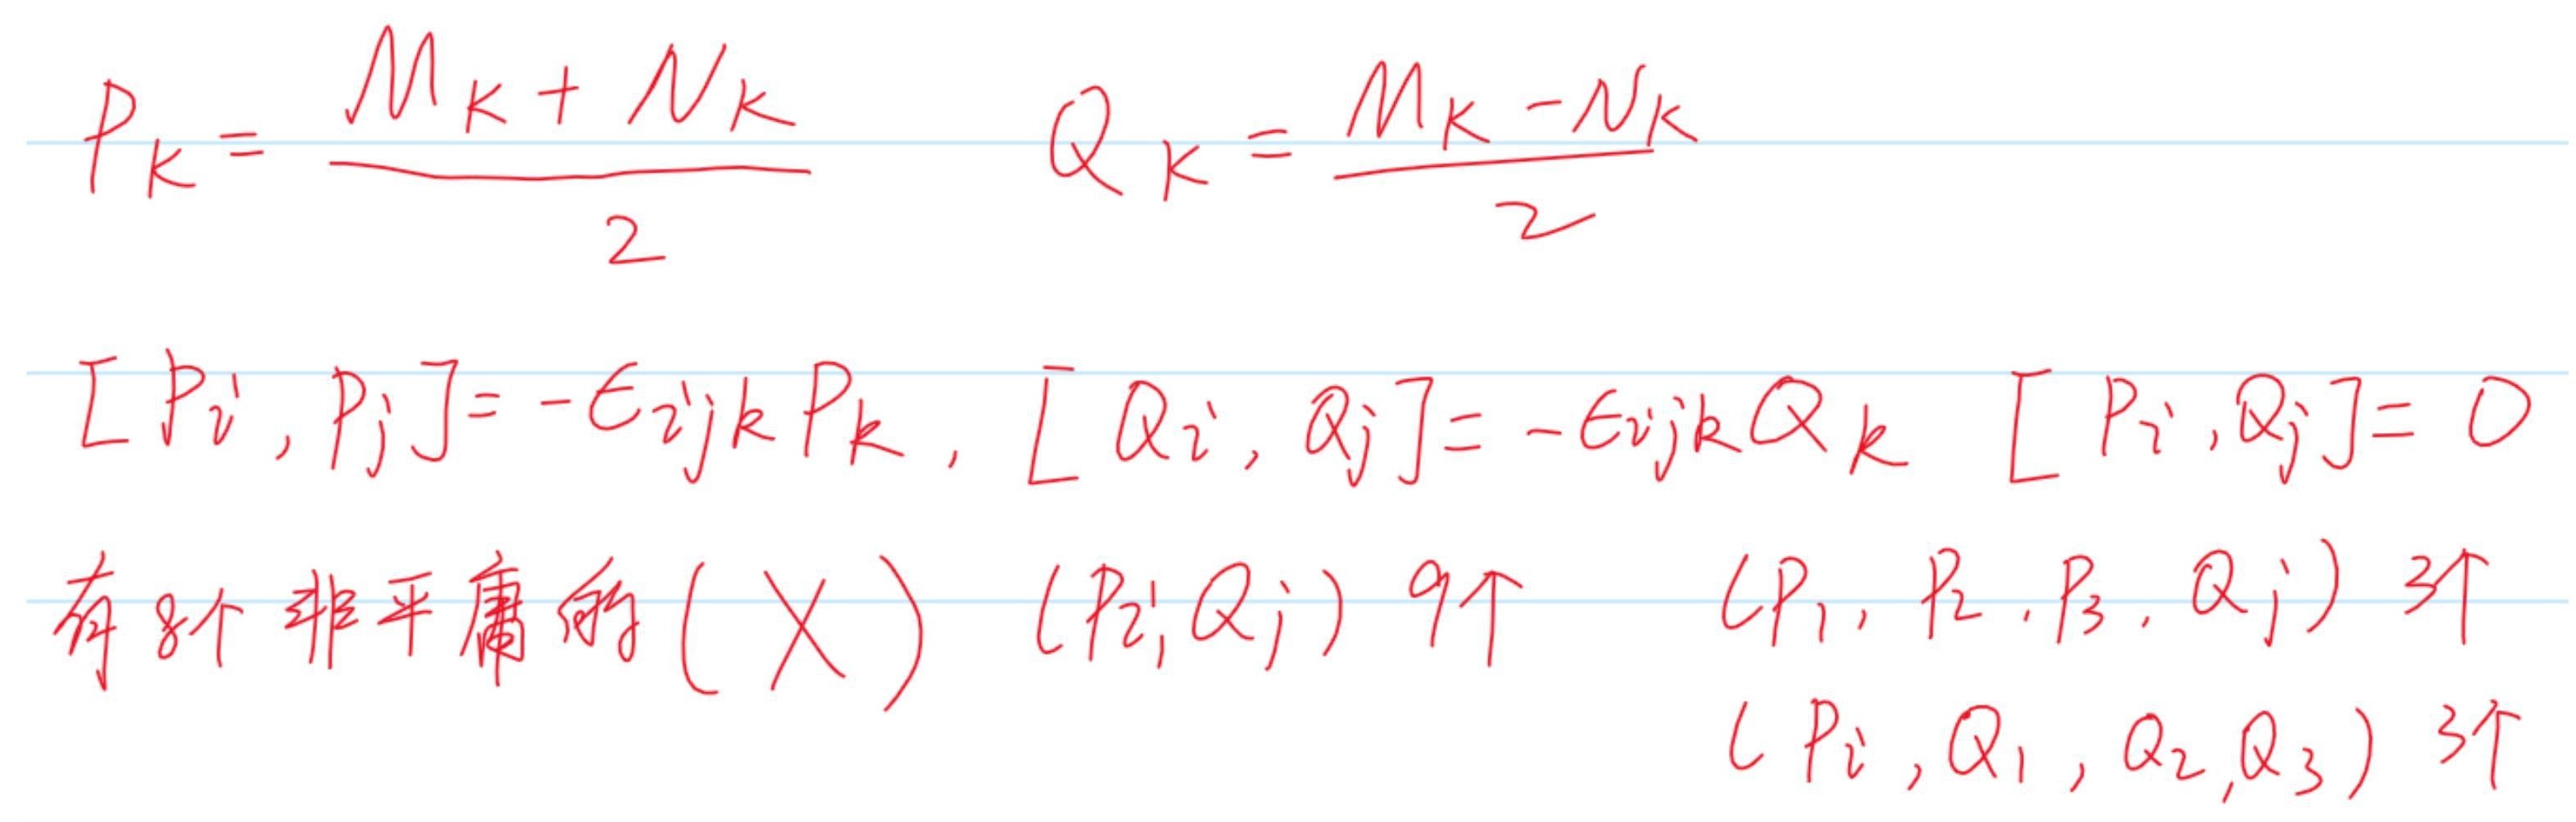
首先定义：
\(P_{k}=\frac{M_{k}+N_{k}}{2}\)，\(Q_{k}=\frac{M_{k}-N_{k}}{2}\)
并且有：
\(\begin{align*}
[P_{i},P_{j}]&=-\epsilon_{ijk}P_{k}\\
[Q_{i},Q_{j}]&=-\epsilon_{ijk}Q_{k}\\
[P_{i},Q_{j}]&= 0
\end{align*}\)
有8个非平庸的(X) \((P_{i},Q_{j})\)，9个；\((P_{1},P_{2},P_{3},Q_{j})\) 3个；\((P_{i},Q_{1},Q_{2},Q_{3})\) 3个。